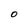
Character: O